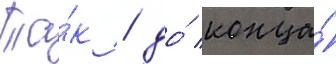
Та́к / до́ конца́